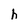
Character: h